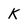
Character: K